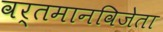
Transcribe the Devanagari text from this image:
वर्तमानविजेता